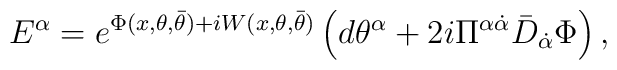
{E}^{{\alpha}}=    e^{\Phi (x,\theta, \bar{\theta})   +i W (x,\theta, \bar{\theta})}    \left(    d{\theta}^\alpha + {2i}    \Pi^{\alpha\dot{\alpha}}\bar{D}_{\dot{\alpha}}     \Phi \right),